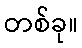
တစ်ခု။